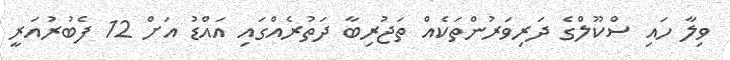
ވިލާ ހައި ސްކޫލްގެ ދަރިވަރުންތަކެއް ތަޖުރިބާ ދަތުރެއްގައި އައްޑު އަށް 12 ފެބުރުއަރީ